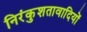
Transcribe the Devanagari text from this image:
निरंकुशतावादियों